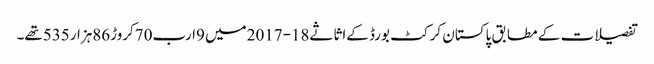
تفصیلات کے مطابق پاکستان کرکٹ بورڈ کےاثاثے18-2017میں 9ارب70کروڑ86ہزار535تھے۔